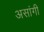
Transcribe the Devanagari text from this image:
असांगी